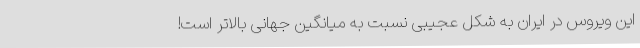
این ویروس در ایران به شکل عجیبی نسبت به میانگین جهانی بالاتر است!